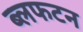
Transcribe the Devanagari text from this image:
ब्लफटन